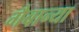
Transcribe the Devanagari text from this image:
गैबान्या